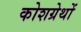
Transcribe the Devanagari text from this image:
कोशग्रेथों